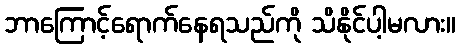
ဘာကြောင့်ရောက်နေရသည်ကို သိနိုင်ပါ့မလား။